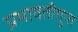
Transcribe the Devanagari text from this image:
प्रभावतीगुप्त